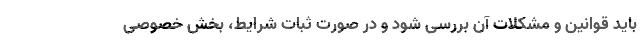
باید قوانین و مشکلات آن بررسی شود و در صورت ثبات شرایط، بخش خصوصی